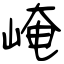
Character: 崦